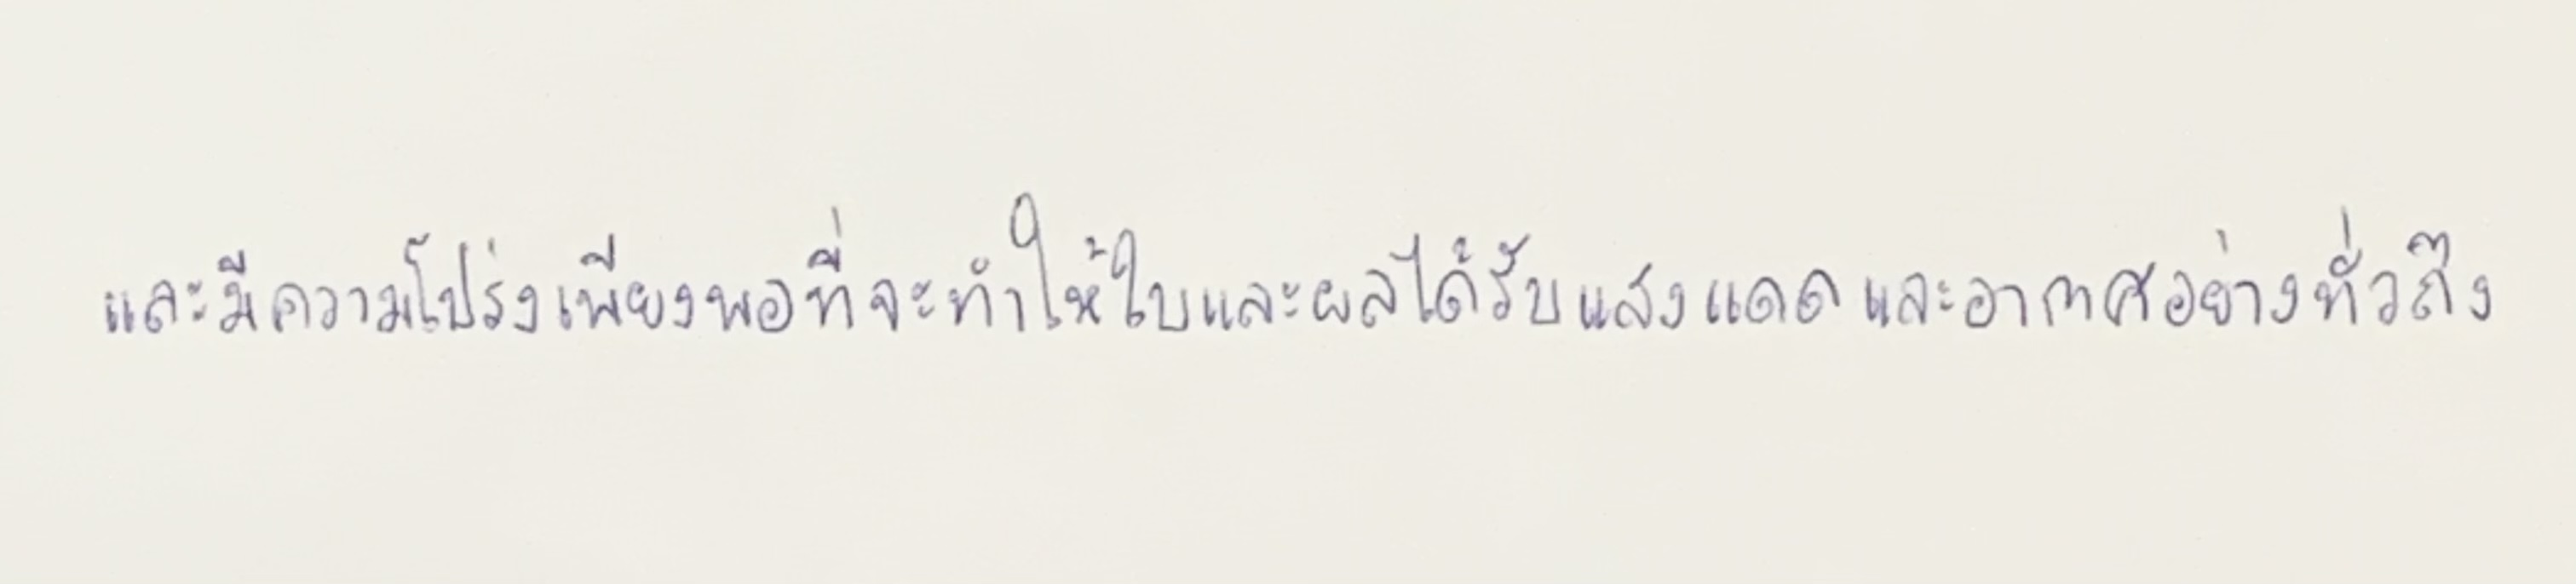
และมีความโปร่งเพียงพอที่จะทำให้ใบและผลได้รับแสงแดดและอากาศอย่างทั่วถึง